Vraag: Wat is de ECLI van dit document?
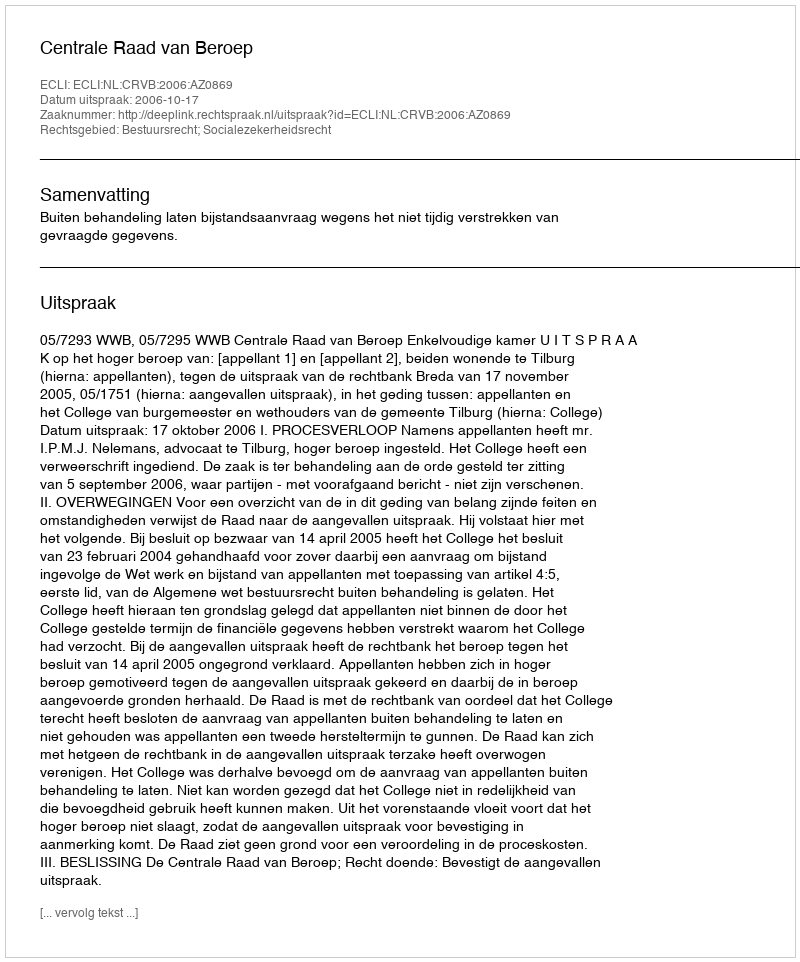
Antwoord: ECLI:NL:CRVB:2006:AZ0869